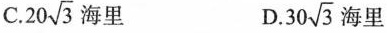
C.20 \sqrt{3} 海里 D. 30 \sqrt{3} 海里